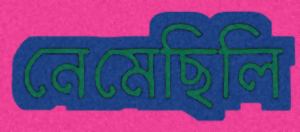
নেমেছিলি